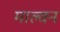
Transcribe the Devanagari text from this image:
माल्वन